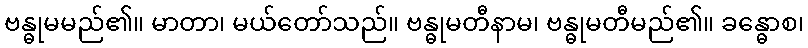
ဗန္ဓုမမည်၏။ မာတာ၊ မယ်တော်သည်။ ဗန္ဓုမတီနာမ၊ ဗန္ဓုမတီမည်၏။ ခန္ဓောစ၊